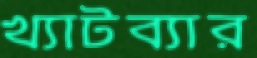
খ্যাটব্যার